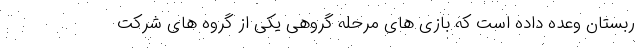
ربستان وعده داده است که بازی های مرحله گروهی یکی از گروه های شرکت